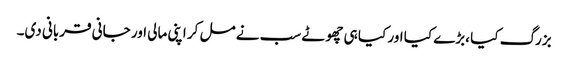
بزرگ کیا ،بڑے کیا اور کیا ہی چھوٹے سب نے مل کر اپنی مالی اور جانی قربانی دی۔